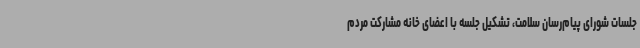
جلسات شورای پیام‌رسان سلامت، تشکیل جلسه با اعضای خانه مشارکت مردم